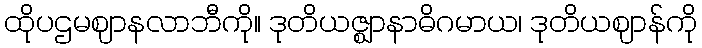
ထိုပဌမဈာနလာဘီကို။ ဒုတိယဇ္ဈာနာဓိဂမာယ၊ ဒုတိယဈာန်ကို